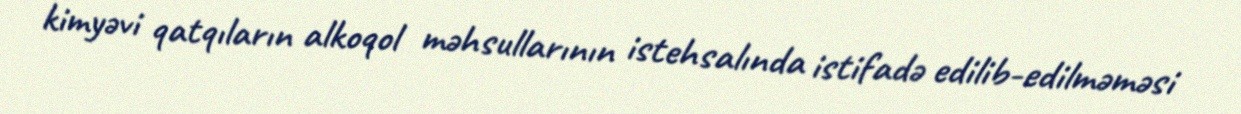
kimyəvi qatqıların alkoqol məhsullarının istehsalında istifadə edilib-edilməməsi